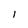
Character: l